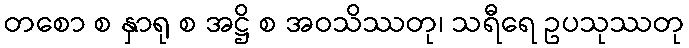
တစော စ နှာရု စ အဋ္ဌိ စ အဝသိဿတု၊ သရီရေ ဥပသုဿတု